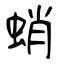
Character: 蛸